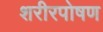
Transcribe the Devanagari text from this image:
शरीरपोषण